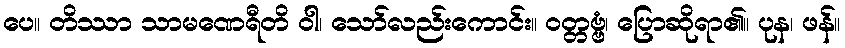
ပေ။ တိဿာ သာမဏေရီတိ ဝါ၊ သော်လည်းကောင်း။ ဝတ္တဗ္ဗံ၊ ပြောဆိုရာ၏။ ပုန၊ ဖန်။